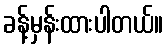
ခန့်မှန်းထားပါတယ်။